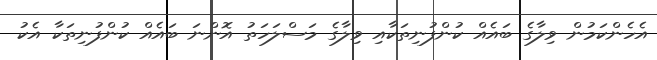
އެހެންކަމުން ވިލާގެ ބައެއް ކުންފުނިތަކާއި ވިލާގެ މަސްލަހަތު އޮންނަ ބައެއް ކުންފުނިތަކާ އެކު